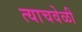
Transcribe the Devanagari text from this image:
त्‍याचवेळी